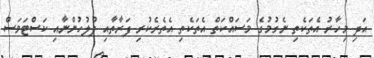
އަދި މިހާރު އެތަކެތި ނެގުމުގެ މަސައްކަތް އެތަކެތި އެތެރެކުރި ފަރާތާއި ފުލުހުންނާއި ކަސްޓަމަސް